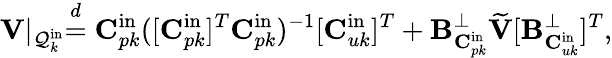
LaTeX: \mathbf{V}\lvert_{\mathcal{Q}_{k}^{\mathrm{in}}}\stackrel{d}{=}\mathbf{C}_{pk}^{\mathrm{in}}([\mathbf{C}_{pk}^{\mathrm{in}}]^{T}\mathbf{C}_{pk}^{\mathrm{in}})^{-1}[\mathbf{C}_{uk}^{\mathrm{in}}]^{T}+\mathbf{B}_{\mathbf{C}_{pk}^{\mathrm{in}}}^{\perp}\widetilde{\mathbf{V}}[\mathbf{B}_{\mathbf{C}_{uk}^{\mathrm{in}}}^{\perp}]^{T},